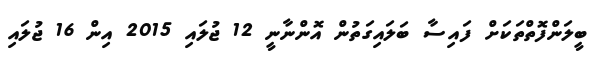
ބީލަންފޮތްތަކަށް ފައިސާ ބަލައިގަތުން އޮންނާނީ 12 ޖުލައި 2015 އިން 16 ޖުލައި